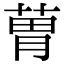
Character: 𦳢